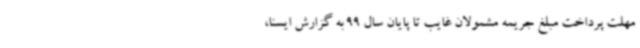
مهلت پرداخت مبلغ جریمه مشمولان غایب تا پایان سال 99 به گزارش ایسنا،